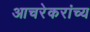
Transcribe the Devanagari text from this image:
आचरेकरांच्य